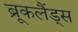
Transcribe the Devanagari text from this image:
ब्रूकलैंड्स